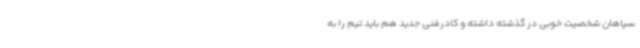
سپاهان شخصیت خوبی در گذشته داشته و کادرفنی جدید هم باید تیم را به